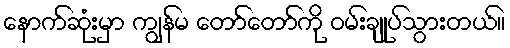
နောက်ဆုံးမှာ ကျွန်မ တော်တော်ကို ဝမ်းချုပ်သွားတယ်။